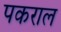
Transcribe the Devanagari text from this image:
पकराल